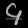
Digit: ၄